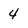
Character: 4